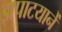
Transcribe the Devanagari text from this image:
झपाटयानें